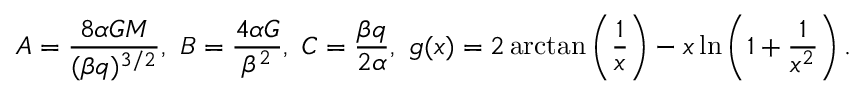
A = \frac { 8 \alpha G M } { ( \beta q ) ^ { 3 / 2 } } , ~ B = \frac { 4 \alpha G } { \beta ^ { 2 } } , ~ C = \frac { \beta q } { 2 \alpha } , ~ g ( x ) = 2 \arctan \left( \frac { 1 } { x } \right) - x \ln \left( 1 + \frac { 1 } { x ^ { 2 } } \right) .